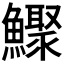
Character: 𩼦